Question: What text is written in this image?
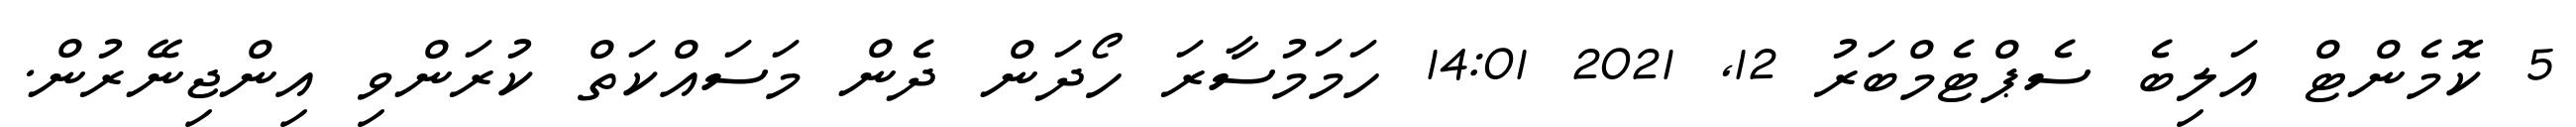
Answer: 5 ކޮމެންޓް އަލިބެ ސެޕްޓެމްބަރު 12, 2021 14:01 ހަމަމުސާރަ ހޯދަން ދެން މަސައްކަތް ކުރަންވި އިންޖިނޭރުން.